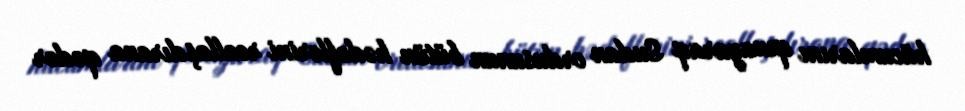
hücumlarını qınayaraq Sudan ordusunun bütün hədəflərini reallaşdırana qədər